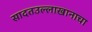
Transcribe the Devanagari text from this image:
सादतउल्लाखानाचा